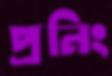
প্রনিং